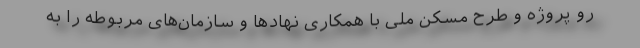
رو پروژه و طرح مسکن ملی با همکاری نهادها و سازمان‌های مربوطه را به